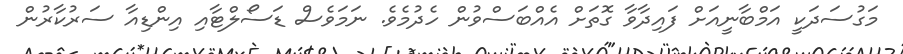
މަގުސަދަކީ އަމްބާނީއަށް ފައިދާވާ ގޮތަށް އެއްބަސްވުން ހެދުމެވެ. ނަމަވެސް ޑަސޯލްޓާއި އިންޑިއާ ސަރުކާރުން